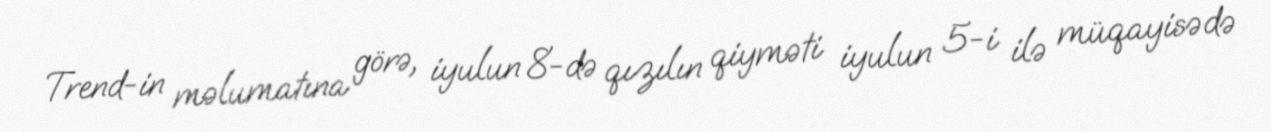
Trend-in məlumatına görə, iyulun 8-də qızılın qiyməti iyulun 5-i ilə müqayisədə